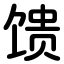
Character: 馈